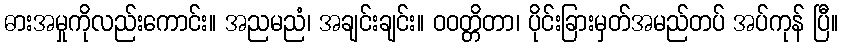
ဓားအမှုကိုလည်းကောင်း။ အညမညံ၊ အချင်းချင်း။ ဝဝတ္တိတာ၊ ပိုင်းခြားမှတ်အမည်တပ် အပ်ကုန် ပြီ။